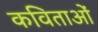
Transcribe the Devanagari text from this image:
कविताओंं